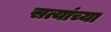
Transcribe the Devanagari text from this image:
सत्यांच्या